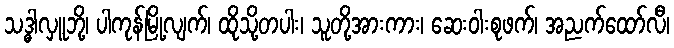
သဒ္ဓါလှူဘို့၊ ပါကုန်မြို့လျက်၊ ထိုသို့တပါး၊ သူတို့အားကား၊ ဆေးဝါးစုဖက်၊ အညက်ထော်လီ၊